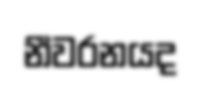
නීවරනයද